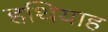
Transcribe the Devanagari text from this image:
हथियाह